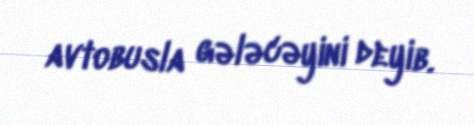
avtobusla gələcəyini deyib.